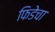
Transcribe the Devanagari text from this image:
फिडेचा